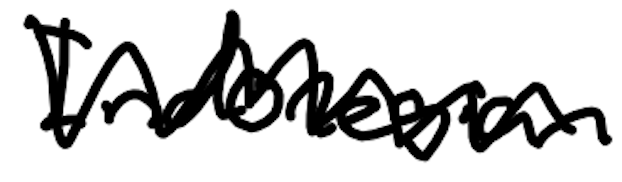
Text: Indonesian
Cross-out: mix
Writing tool: digital_black